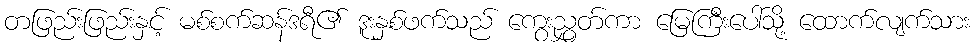
တဖြည်းဖြည်းနှင့် မစ်စက်ဆန်ဒရီ၏ ဒူးနှစ်ဖက်သည် ကွေးညွှတ်ကာ မြေကြီးပေါ်သို့ ထောက်လျက်သား